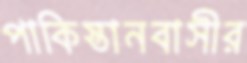
পাকিস্তানবাসীর